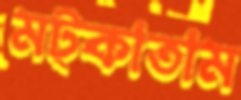
মট্‌কাতাম